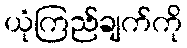
ယုံကြည်ချက်ကို